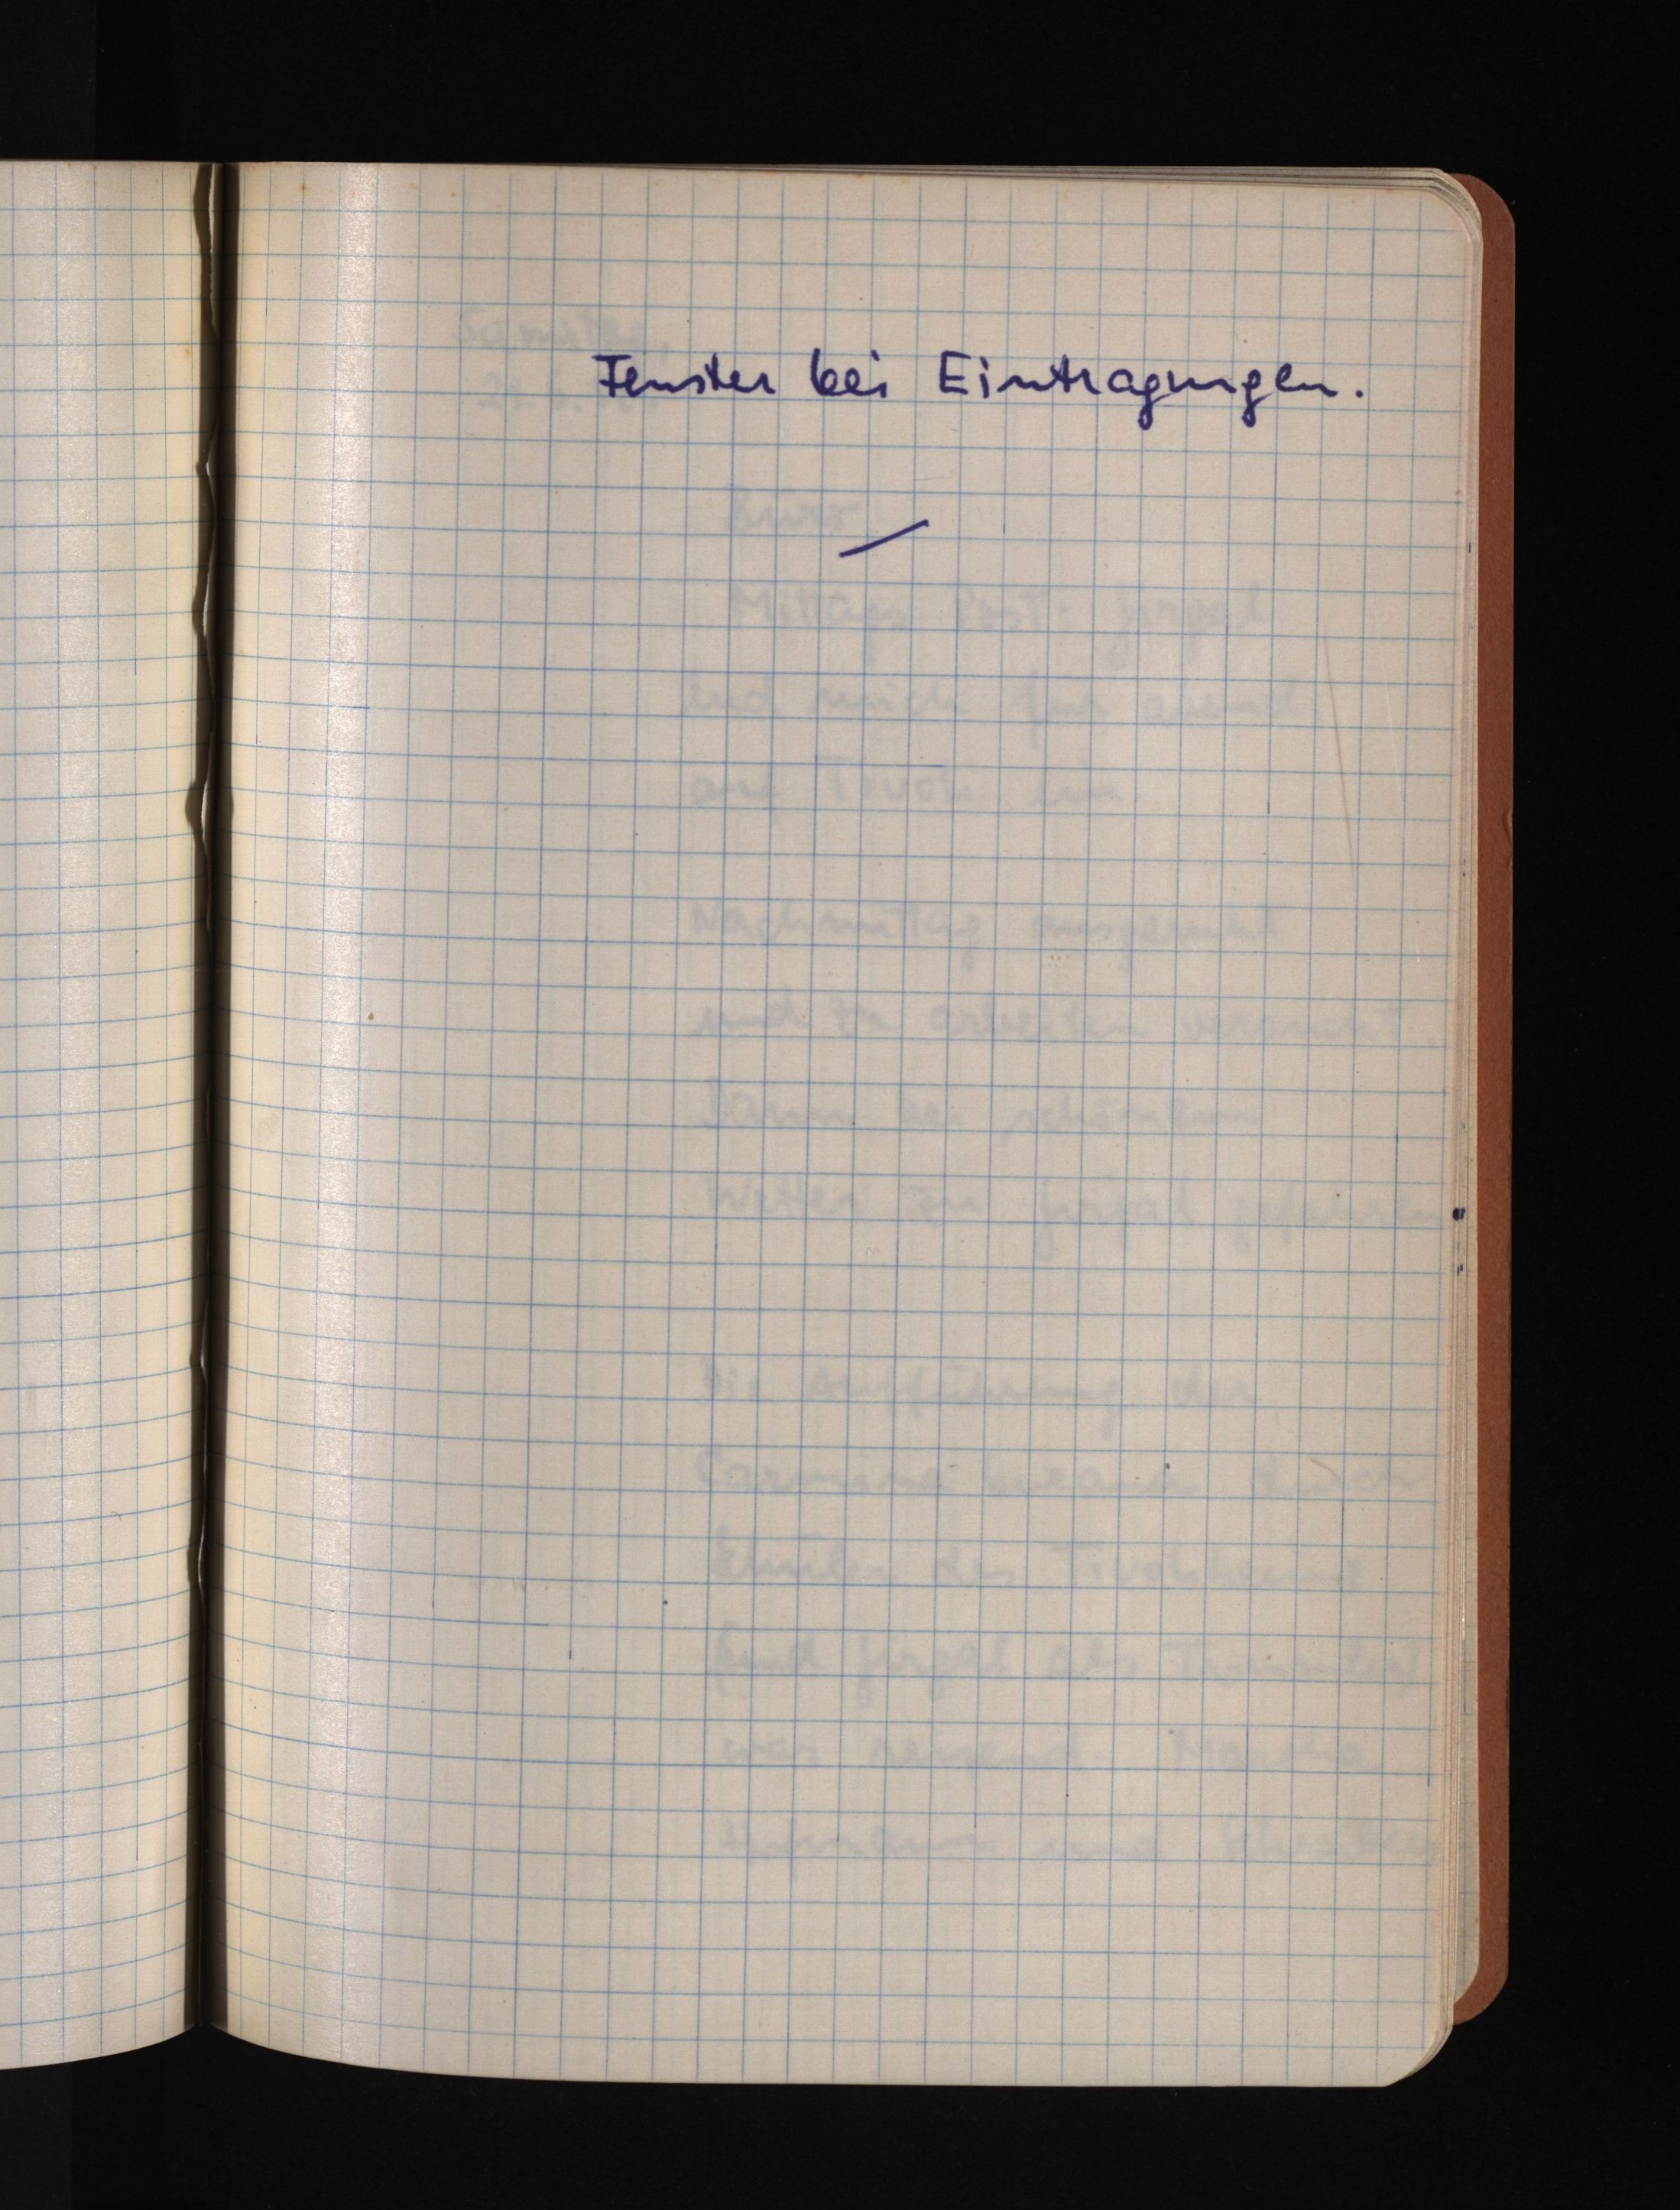
Fenster bei Eintragungen.